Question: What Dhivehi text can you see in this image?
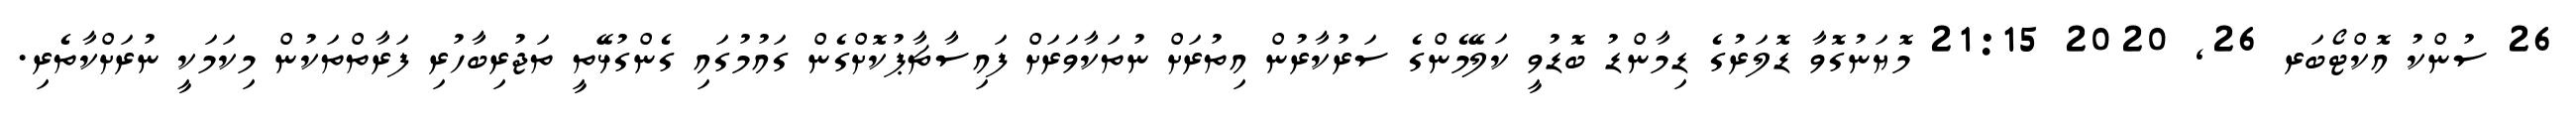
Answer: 26 ސުންކު އޮކްޓޯބަރ 26, 2020 21:15 މޮޔަނުގޮވާ ޑޮލަރުގެ ޑިމާންޑު ބޮޑުވީ ކަލޭމެންގެ ސަރުކާރުން އިތުރަށް ނުތަކާވަރަށް ފައިސާޗާޕުކޮށްގެން ގައުމުގައި ގެންގުޅޭތީ ތަޖުރިބާހުރި ފަރާތްތަކުން މިކަމަކީ ނުރަށްކާތެރި.